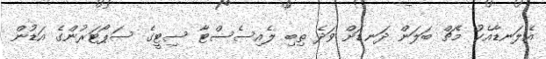
އެލަނޑާއެކު މެޗް ބަލަން ދަނޑަށް ވަދެ ތިބި ލެއިސެސްޓާ ސިޓީގެ ސަޕޯޓަރުންގެ އަޑުން